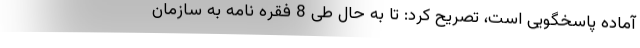
آماده پاسخگویی است، تصریح کرد: تا به حال طی 8 فقره نامه به سازمان